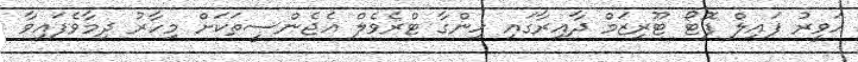
ހަވީރު ފައިލް ފޮޓޯ ޓޫރިޒަމް ދާއިރާގައި ހިންގާ ޓްރެވެލް އެޖެންސީތަކަށް މިހާރު ދިމާވެފައިވާ